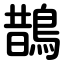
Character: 鵲